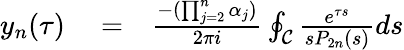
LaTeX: \begin{array}{rlr}{y_{n}(\tau)}&{{}=}&{\frac{-(\prod_{j=2}^{n}\alpha_{j})}{2\pi i}\oint_{\cal C}\frac{e^{\tau s}}{sP_{2n}(s)}ds}\end{array}